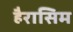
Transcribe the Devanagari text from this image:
हैरासिम